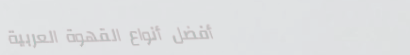
أفضل أنواع القهوة العربية